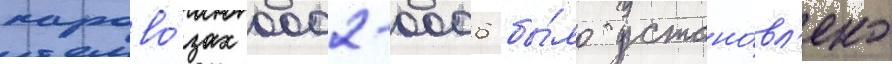
парово́зах 0002-0006 бы́ло устано́вл'ено